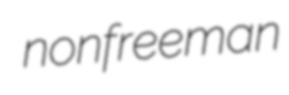
nonfreeman